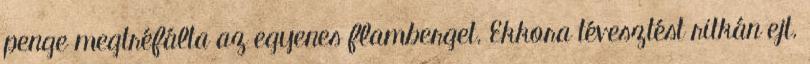
penge megtréfálta az egyenes flamberget. Ekkora tévesztést ritkán ejt.